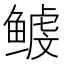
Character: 𱈉